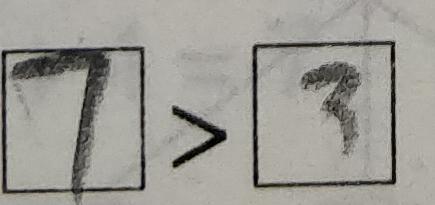
\boxed { 7 } > \boxed { 3 }